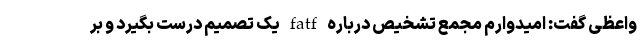
واعظی گفت: امیدوارم مجمع تشخیص درباره fatf یک تصمیم درست بگیرد و بر